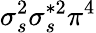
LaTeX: \sigma_{s}^{2}\sigma_{s}^{*2}\pi^{4}